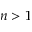
n > 1